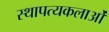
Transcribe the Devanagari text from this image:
स्थापत्यकलाओं